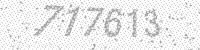
Solution: 717613